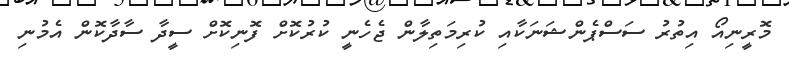
މޮރީނިއޯ އިތުރު ސަސްޕެންޝަނަކާއި ކުރިމަތިލާން ޖެހެނީ ކުރުކޮށް ފޮނިކޮށް ސީދާ ސާދާކޮން އެމުނި